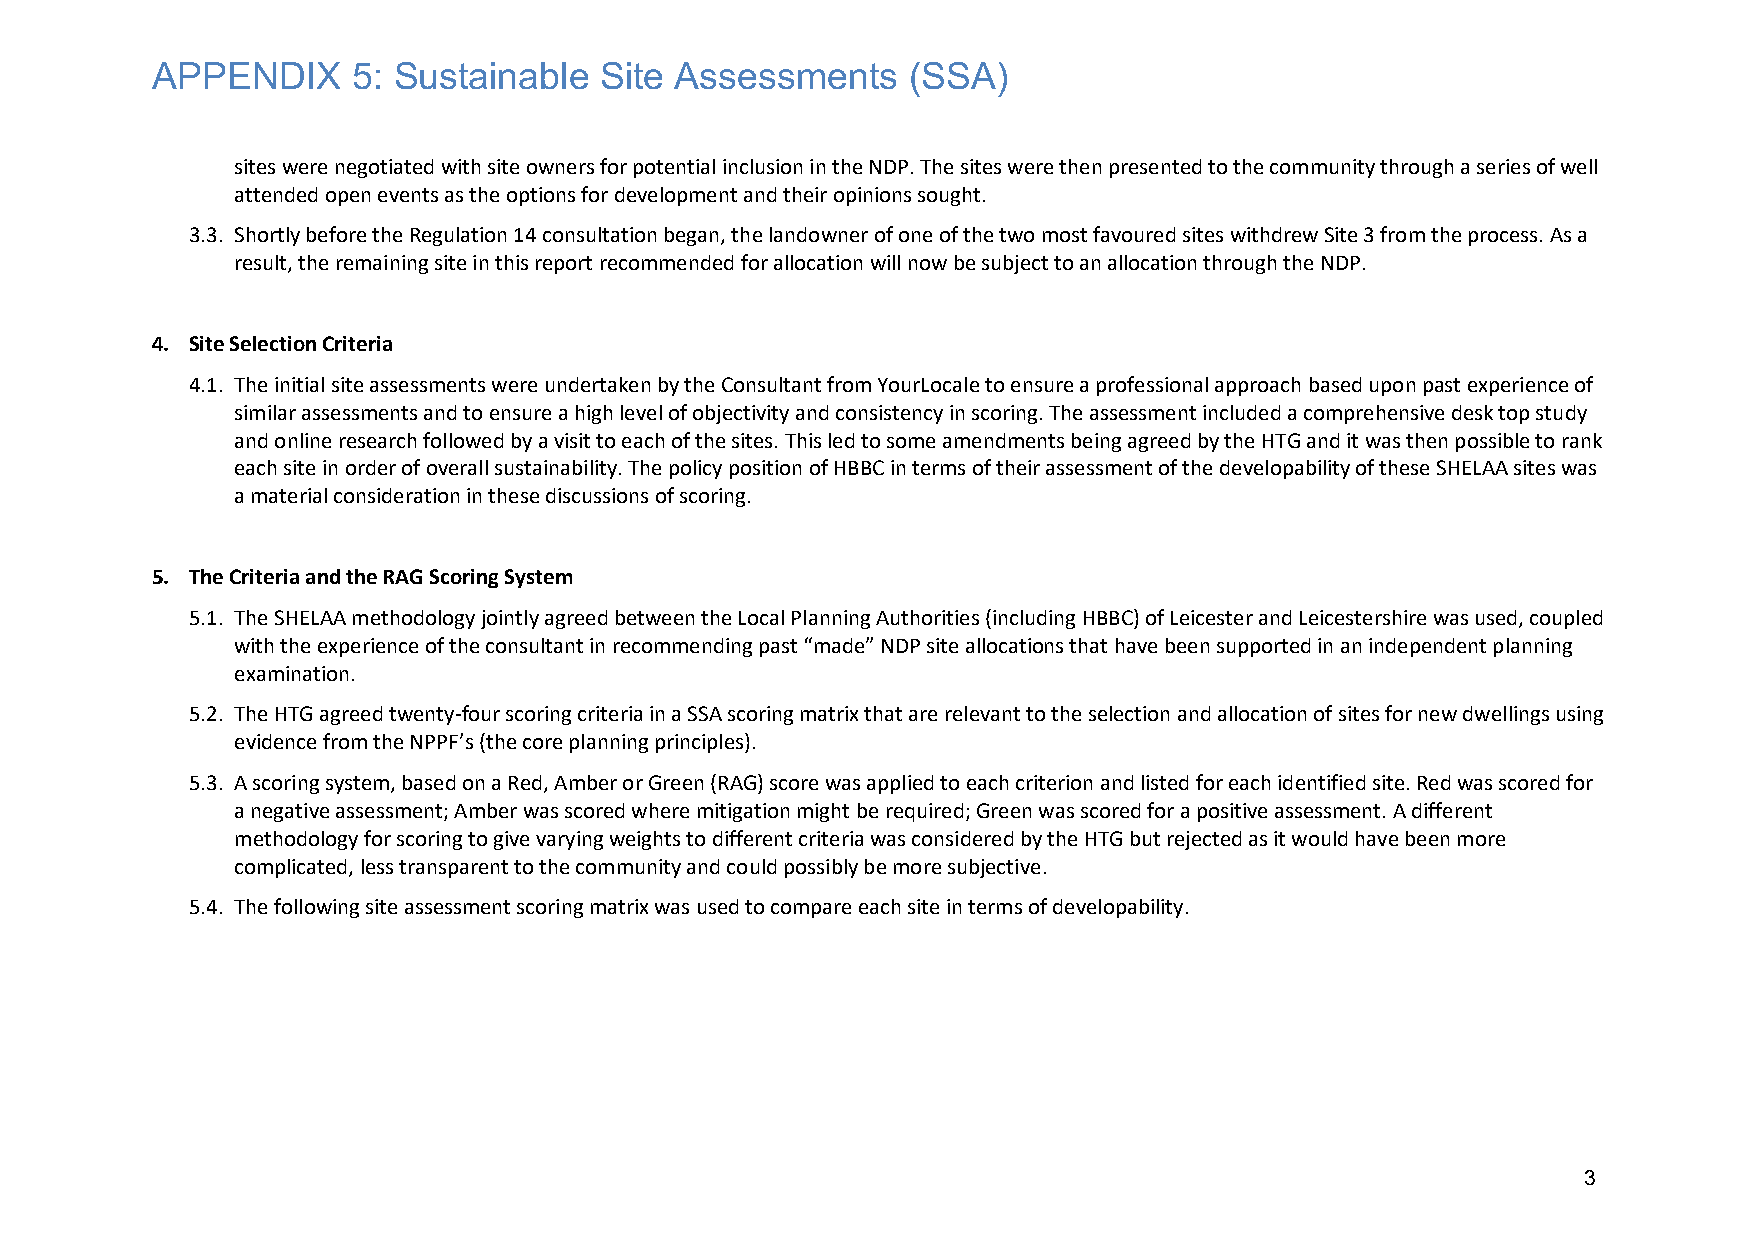
APPENDIX     5: Sustainable   Site Assessments    (SSA)
 sites were negotiated with site owners for potential inclusion in the NDP. The sites were then presented to the community through a series of well
 attended open events as the options for development and their opinions sought.
 3.3. Shortly before the Regulation 14 consultation began, the landowner of one of the two most favoured sites withdrew Site 3 from the process. As a
 result, the remaining site in this report recommended for allocation will now be subject to an allocation through the NDP.
 4. Site Selection Criteria
 4.1. The initial site assessments were undertaken by the Consultant from YourLocale to ensure a professional approach based upon past experience of
 similar assessments and to ensure a high level of objectivity and consistency in scoring. The assessment included a comprehensive desk top study
 and online research followed by a visit to each of the sites. This led to some amendments being agreed by the HTG and it was then possible to rank
 each site in order of overall sustainability. The policy position of HBBC in terms of their assessment of the developability of these SHELAA sites was
 a material consideration in these discussions of scoring.
 5. The Criteria and the RAG Scoring System
 5.1. The SHELAA methodology jointly agreed between the Local Planning Authorities (including HBBC) of Leicester and Leicestershire was used, coupled
 with the experience of the consultant in recommending past “made” NDP site allocations that have been supported in an independent planning
 examination.
 5.2. The HTG agreed twenty-four scoring criteria in a SSA scoring matrix that are relevant to the selection and allocation of sites for new dwellings using
 evidence from the NPPF’s (the core planning principles).
 5.3. A scoring system, based on a Red, Amber or Green (RAG) score was applied to each criterion and listed for each identified site. Red was scored for
 a negative assessment; Amber was scored where mitigation might be required; Green was scored for a positive assessment. A different
 methodology for scoring to give varying weights to different criteria was considered by the HTG but rejected as it would have been more
 complicated, less transparent to the community and could possibly be more subjective.
 5.4. The following site assessment scoring matrix was used to compare each site in terms of developability.
 3